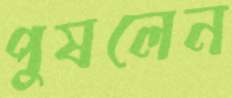
পুষলেন